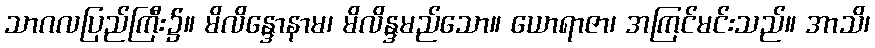
သာဂလပြည်ကြီး၌။ မိလိန္ဒောနာမ၊ မိလိန္ဒမည်သော။ ယောရာဇာ၊ အကြင်မင်းသည်။ အာသိ၊